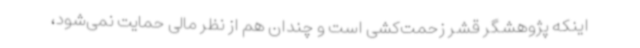
اینکه پژوهشگر قشر زحمت‌کشی است و چندان هم از نظر مالی حمایت نمی‌شود،